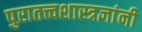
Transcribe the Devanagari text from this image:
पुरातत्त्वशास्त्रज्ञांनी